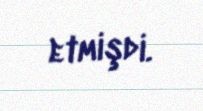
etmişdi.